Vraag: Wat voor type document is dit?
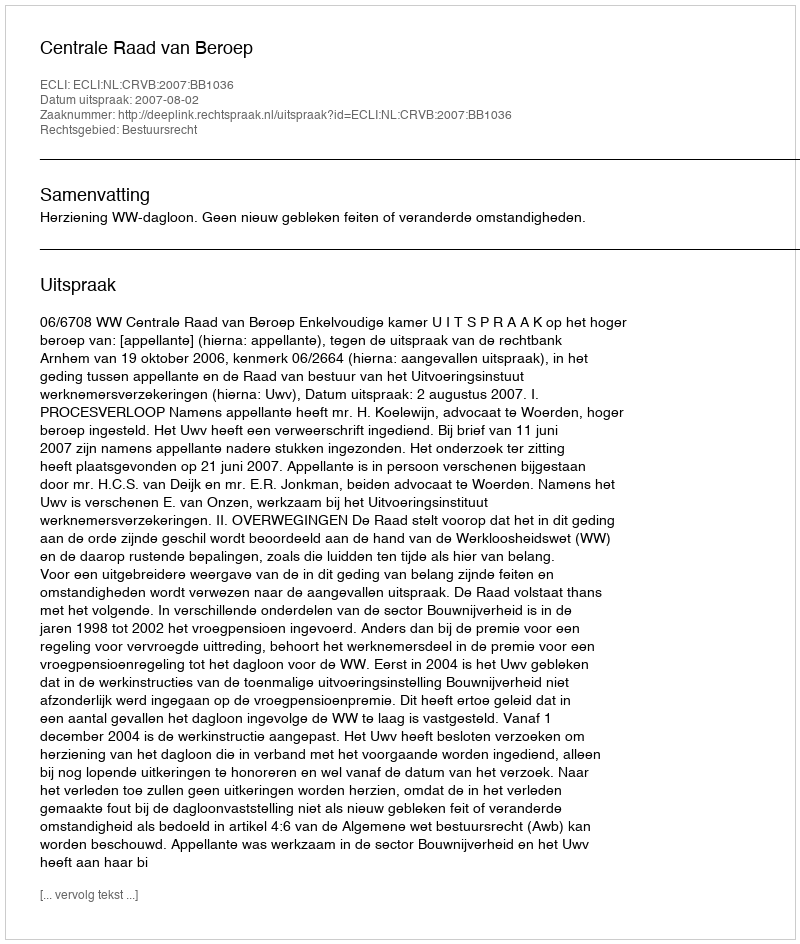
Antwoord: Uitspraak